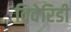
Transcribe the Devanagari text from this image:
विवेरिडी